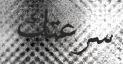
سرعتك